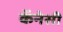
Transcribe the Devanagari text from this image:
कॅनेसी